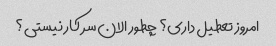
امروز تعطیل داری؟ چطور الان سر کار نیستی؟